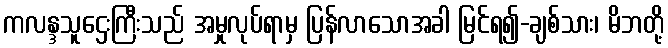
ကလန္ဒသူဌေးကြီးသည် အမှုလုပ်ရာမှ ပြန်လာသောအခါ မြင်ရ၍-ချစ်သား၊ မိဘတို့